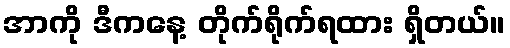
အာကို ဒီကနေ့ တိုက်ရိုက်ရထား ရှိတယ်။